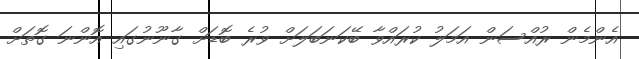
އެންމެން ރުއްސަން އަމަލު ކުރައްވާ ބޭކަނަބަލަށް ވުރެ ބޮޑަށް ގާނޫނުގައި އޮންނަ ގޮތަށް